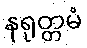
နရုတ္တမံ